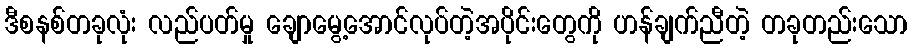
ဒီစနစ်တခုလုံး လည်ပတ်မှု ချောမွေ့အောင်လုပ်တဲ့အပိုင်းတွေကို ဟန်ချက်ညီတဲ့ တခုတည်းသော